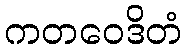
ကတဝေဒိတံ